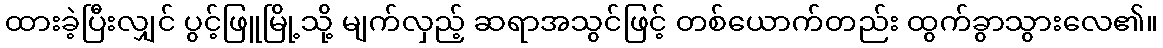
ထားခဲ့ပြီးလျှင် ပွင့်ဖြူမြို့သို့ မျက်လှည့် ဆရာအသွင်ဖြင့် တစ်ယောက်တည်း ထွက်ခွာသွားလေ၏။